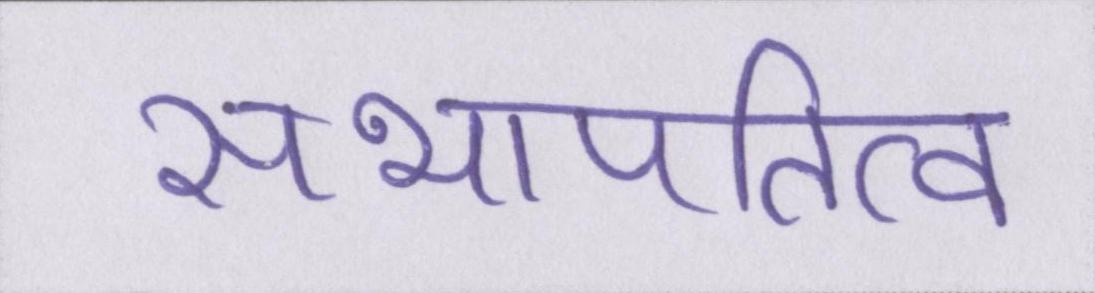
सभापतित्व